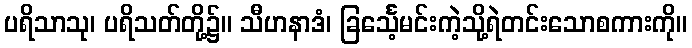
ပရိသာသု၊ ပရိသတ်တို့၌။ သီဟနာဒံ၊ ခြင်္သေ့မင်းကဲ့သို့ရဲတင်းသောစကားကို။